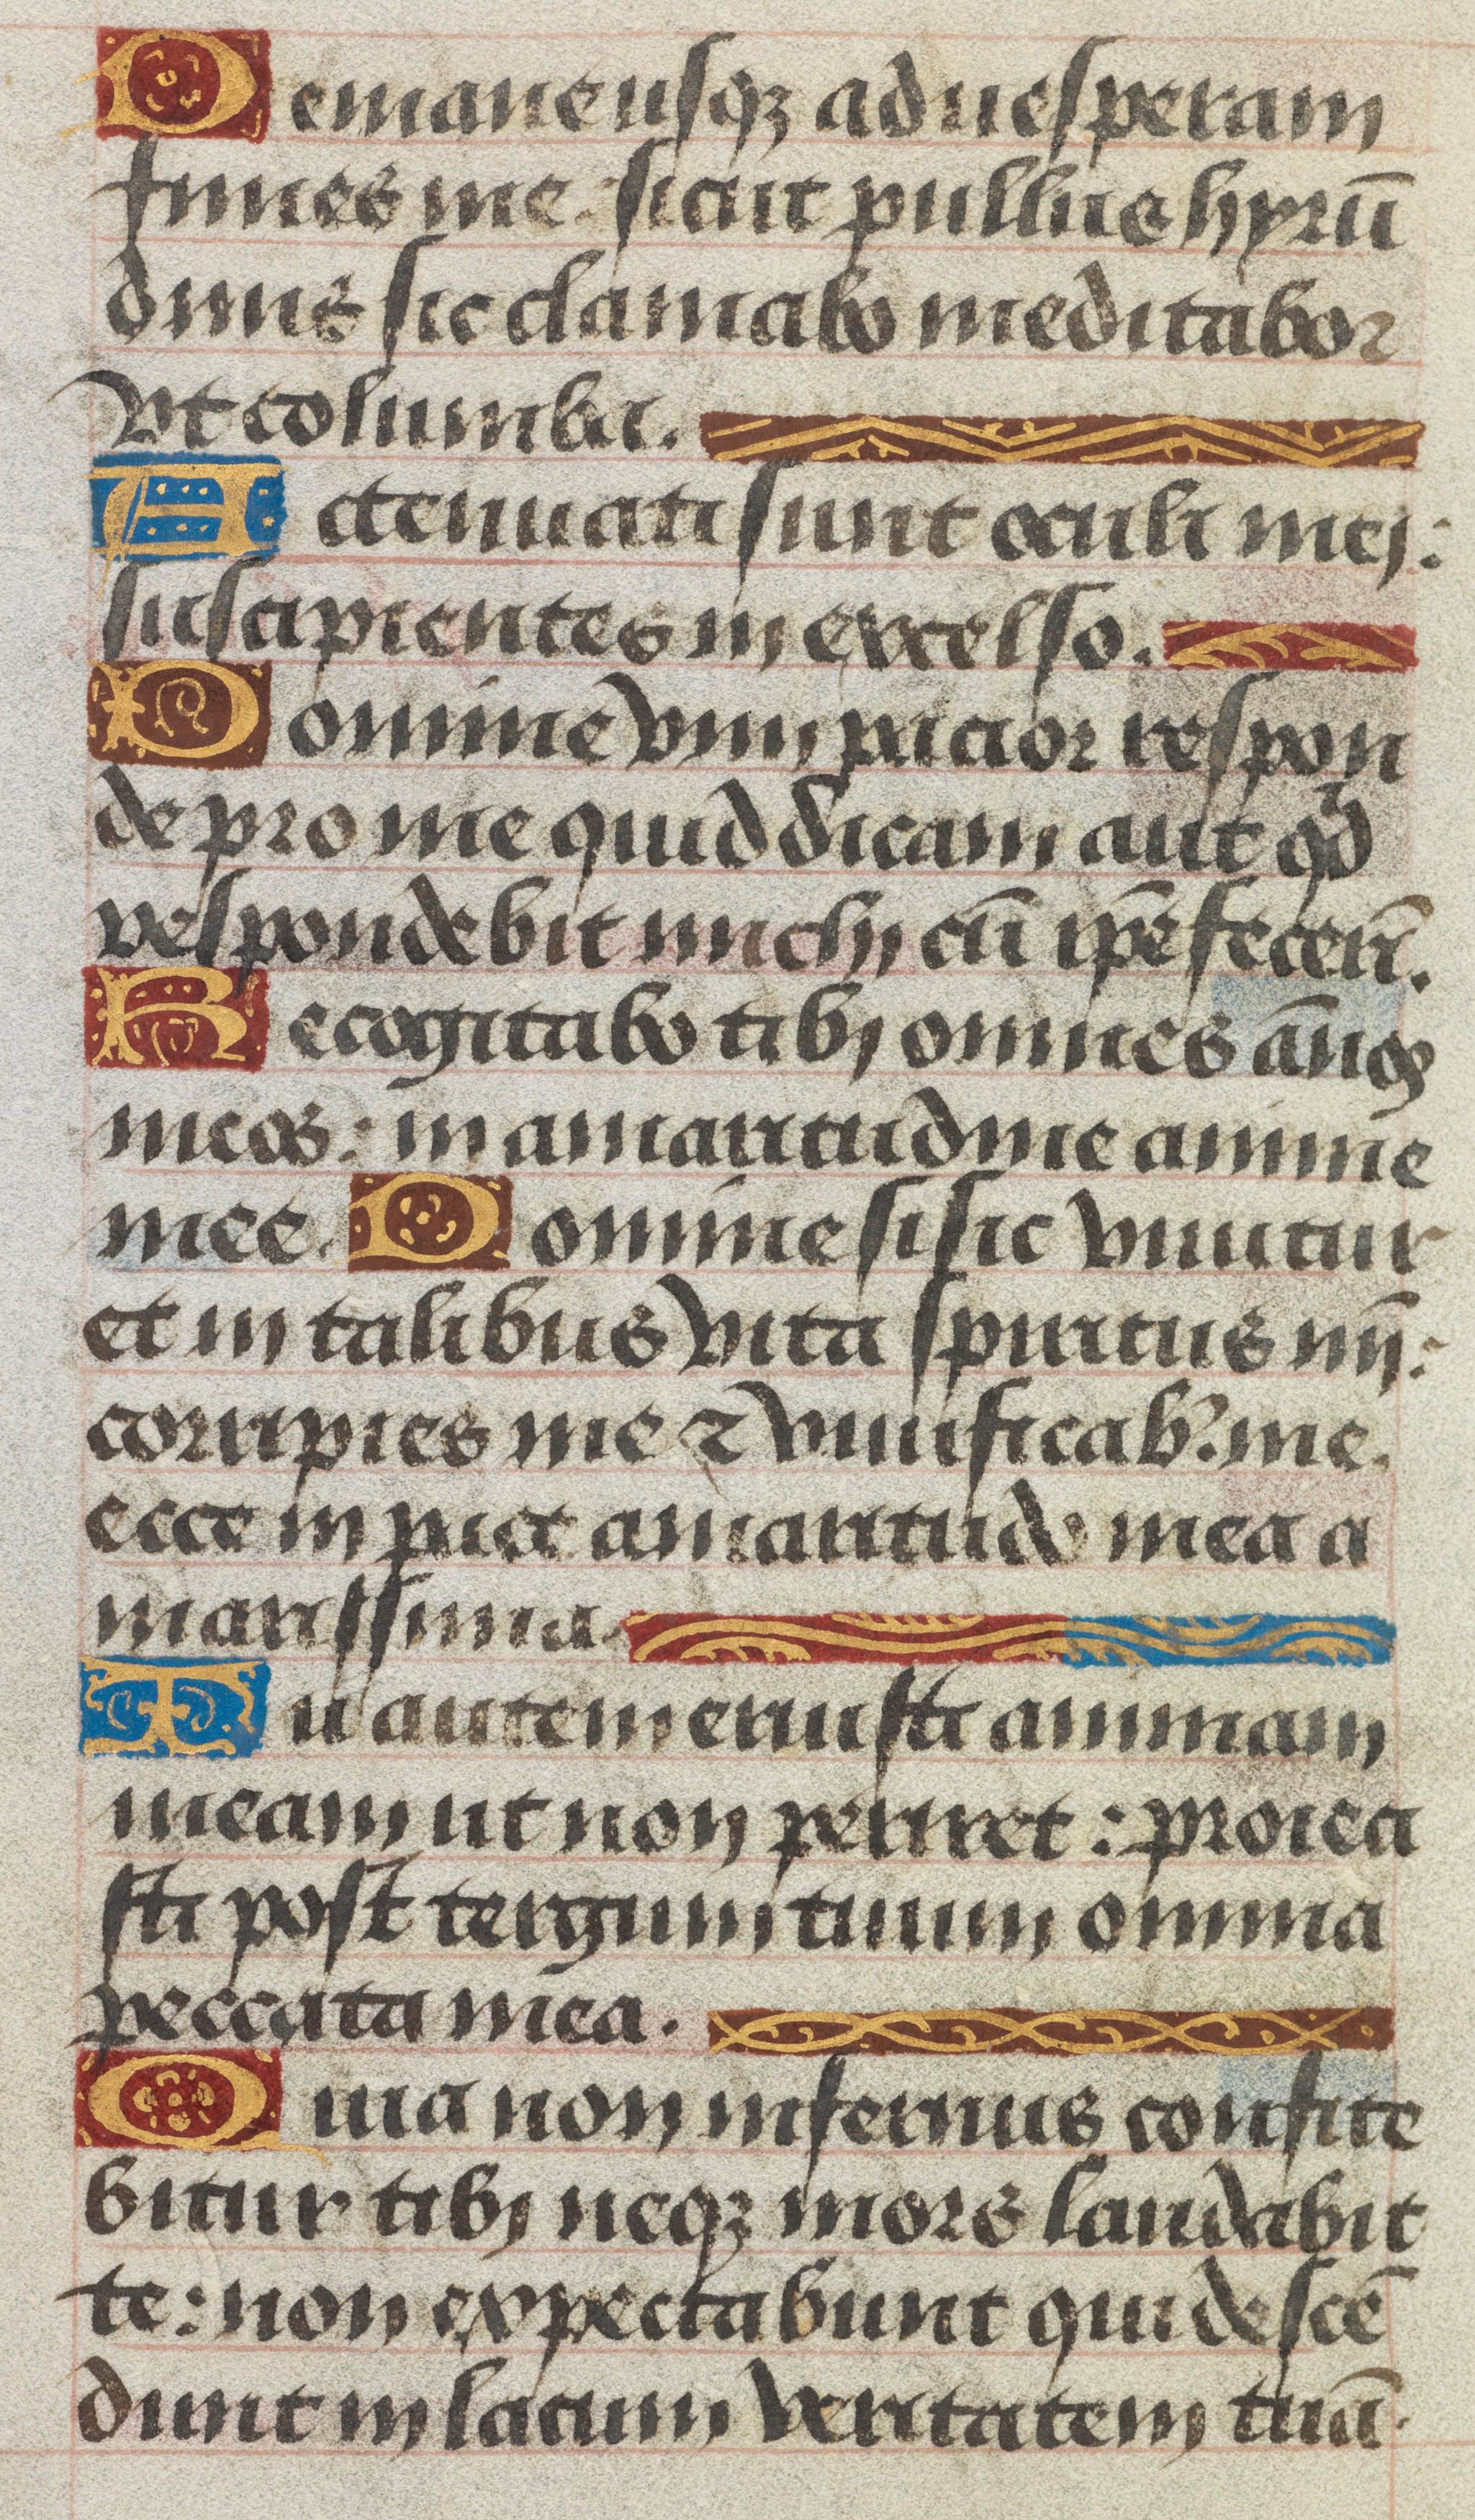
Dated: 1450–1499